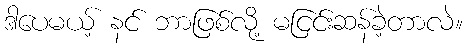
ဒါပေမယ့် နင် ဘာဖြစ်လို့ မငြင်းဆန်ခဲ့တာလဲ။